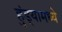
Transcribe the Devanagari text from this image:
हुंड्यामध्ये